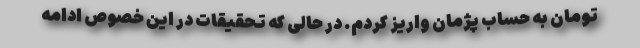
تومان به حساب پژمان واریز کردم. در حالی که تحقیقات در این خصوص ادامه